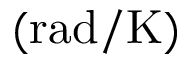
\mathrm { ( r a d / K ) }